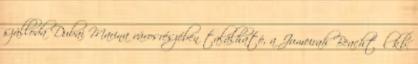
szálloda Dubai Marina városrészében található, a Jumeirah Beachtől kb.